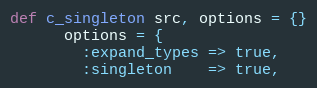
Language: Ruby
def c_singleton src, options = {}
      options = {
        :expand_types => true,
        :singleton    => true,